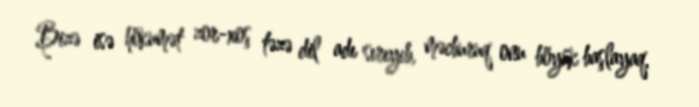
Bizə isə hökumət zor-xoş təzə dil adı sırıyıb, məcburuq onu böyük başlayaq,